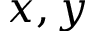
x , y